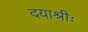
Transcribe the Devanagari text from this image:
दयाश्रीः